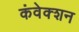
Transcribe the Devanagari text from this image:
कंवेक्शन